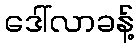
ဒေါ်လာခန့်